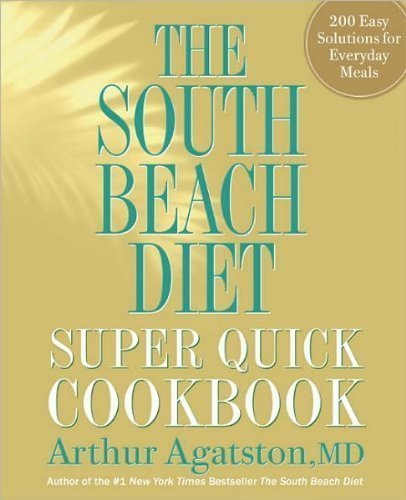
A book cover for South BeachDiet SuperQuick Cookbook(The South Beach Diet Super Quick Cookbook:200 Easy Solutions for Everyday Meals)[Hardcover](2010)byDr. Arthur Agatston MD; A., (Author) Agatston MD.; Health, Fitness & Dieting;